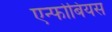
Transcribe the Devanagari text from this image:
एन्फोबियस